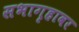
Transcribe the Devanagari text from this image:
सभागृहावर